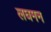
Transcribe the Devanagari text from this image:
लघमन